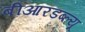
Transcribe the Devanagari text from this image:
बीआरडब्ल्यू